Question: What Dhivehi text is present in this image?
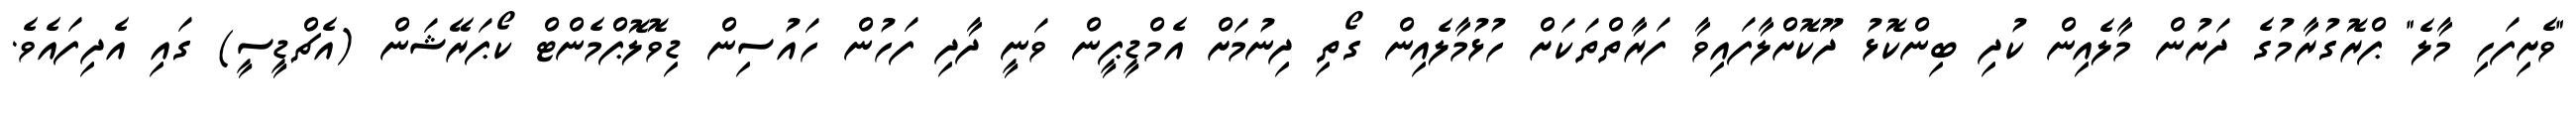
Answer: "ވެށިފަހި މާލެ" ޕްރޮގުރާމުގެ ދަށުން މާލެއިން ކުދި ބިންކޮޅު ދޫކޮށްލާފައިވާ ފަރާތްތަކަށް ހުޅުމާލެއިން ގޯތި ދިނުމަށް އެމްޑީޕީން ވަނީ ދާދި ފަހުން ހައުސިން ޑިވޮލޮޕްމެންޓް ކޯޕަރޭޝަން (އެޗްޑީސީ) ގައި އެދިފައެވެ.